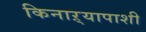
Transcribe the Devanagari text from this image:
किनाऱ्यापाशी